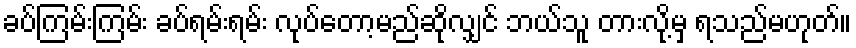
ခပ်ကြမ်းကြမ်း ခပ်ရမ်းရမ်း လုပ်တော့မည်ဆိုလျှင် ဘယ်သူ တားလို့မှ ရသည်မဟုတ်။